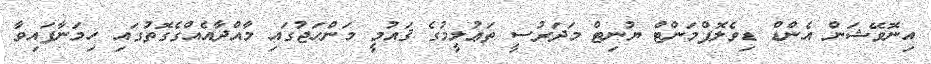
އިނޮވޭޝަން އެންޑް ޑިވެލޮޕްމަންޓް ޔުނިޓް މަދަރުސީ ތަޢުލީމުގެ ޤައުމީ މަންހަޖުގައި މާއްދާއެއްގެގޮތުގައި ހިމަނާފައިވާ